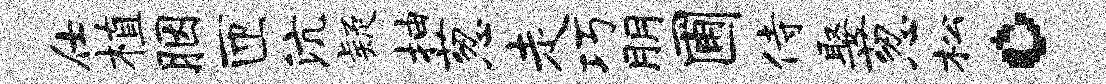
仕植胭匝沆疑抽葱走巧朋圃侍娶葱松。